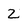
Character: 2